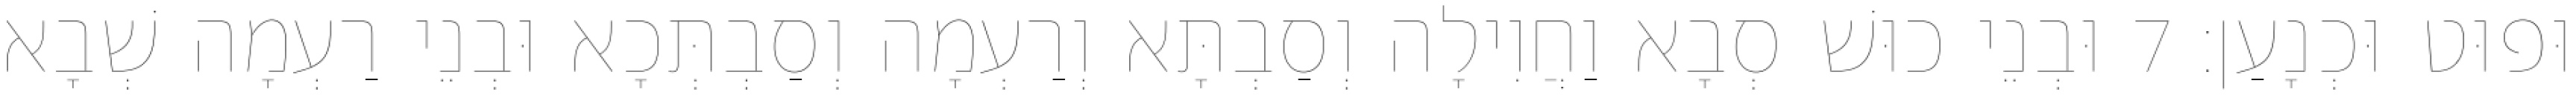
וּפוּט וּכְנָעַן׃ 7 וּבְנֵי כוּשׁ סְבָא וַחֲוִילָה וְסַבְתָּא וְרַעְמָה וְסַבְתְּכָא וּבְנֵי רַעְמָה שְׁבָא